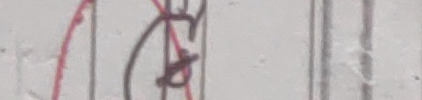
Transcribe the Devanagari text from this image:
३४